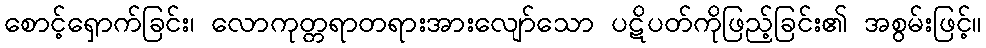
စောင့်ရှောက်ခြင်း၊ လောကုတ္တရာတရားအားလျော်သော ပဋိပတ်ကိုဖြည့်ခြင်း၏ အစွမ်းဖြင့်။